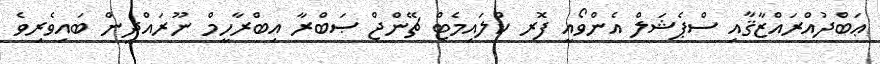
ޢަބްދުއްރައްޒާޤާއި ސްޕެޝަލް އެންވޯއީ ފޮރ ކްލައިމެޓް ޗޭންޖް ޞަބްރާ އިބްރާހީމް ނޫރައްދީން ބައިވެރިވެ